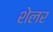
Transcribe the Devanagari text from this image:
शेलर